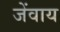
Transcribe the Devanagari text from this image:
जेंवाय